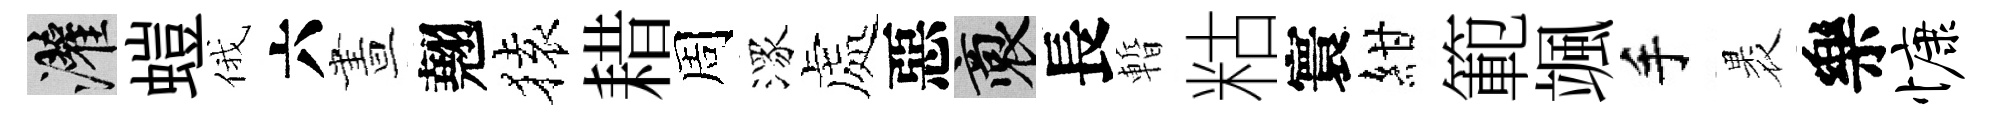
灌螘俄六晝翹𫞤耤周潈處惡裔長暫䊀寰紺範颯手褁樂慷